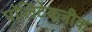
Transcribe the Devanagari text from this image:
पॉलिटेकनीक